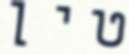
טין